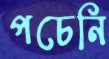
পচেনি